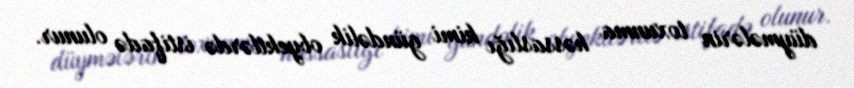
düymələrin toxunma həssaslığı kimi gündəlik obyektlərdə istifadə olunur.